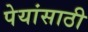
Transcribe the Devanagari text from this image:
पेयांसाठी